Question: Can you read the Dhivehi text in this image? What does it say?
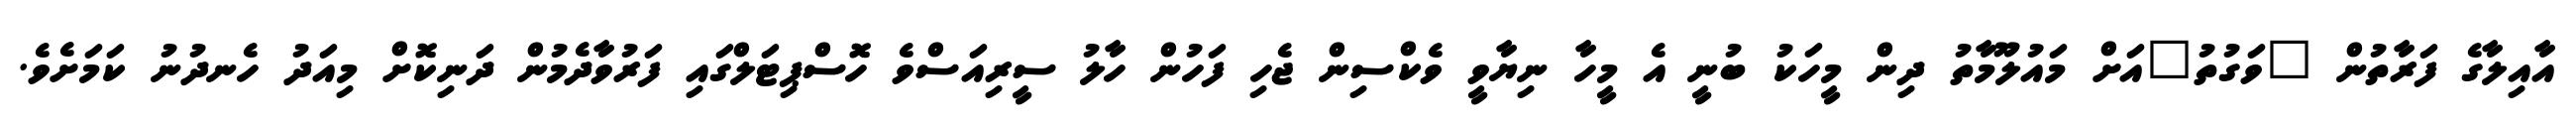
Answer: އާއިލާގެ ފަރާތުން "ވަގުތު"އަށް މައުލޫމާތު ދިން މީހަކު ބުނީ އެ މީހާ ނިޔާވީ ވެކްސިން ޖެހި ފަހުން ހާލު ސީރިއަސްވެ ހޮސްޕިޓަލްގައި ފަރުވާދެމުން ދަނިކޮށް މިއަދު ހެނދުނު ކަމަށެވެ.